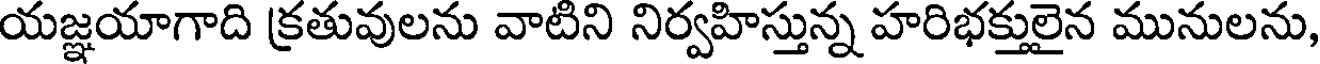
యజ్ఞయాగాది క్రతువులను వాటిని నిర్వహిస్తున్న హరిభక్తులైన మునులను,